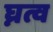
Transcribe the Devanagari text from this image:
घ्नत्व